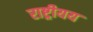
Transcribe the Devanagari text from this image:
राष्ट्रीयय